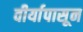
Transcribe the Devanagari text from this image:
वीर्यापासून